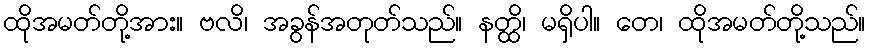
ထိုအမတ်တို့အား။ ဗလိ၊ အခွန်အတုတ်သည်။ နတ္ထိ၊ မရှိပါ။ တေ၊ ထိုအမတ်တို့သည်။